Insane asylums in Bengal annual reports 1867-1875 - 1867-1875
Year: 1867
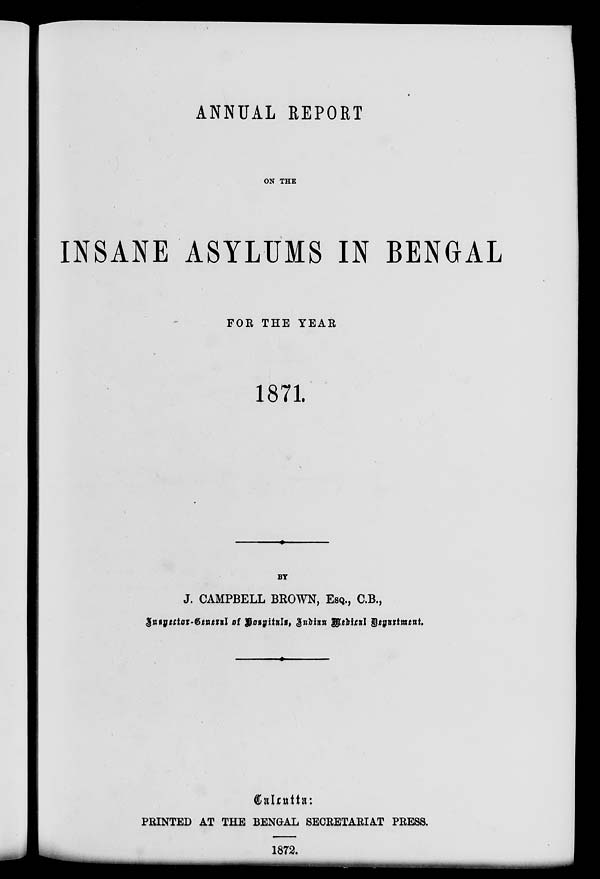
ANNUAL REPORT
ON THE
INSANE ASYLUMS IN BENGAL
FOR THE YEAR
1871.
BY
J. CAMPBELL BROWN, ESQ., C.B.,
Inspector-General of Hospitals, Indian Medical Department.
Calcutta:
PRINTED AT THE BENGAL SECRETARIAT PRESS.
1872.